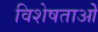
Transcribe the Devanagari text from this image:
विशेषताओें